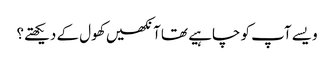
ویسے آپ کو چاہیے تھا آنکھیں کھول کے دیکھتے؟